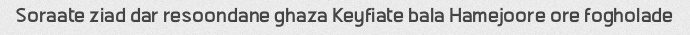
Soraate ziad dar resoondane ghaza Keyfiate bala Hamejoore ore fogholade